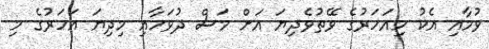
ވުމާއި އެކު މިއަހަރުގެ ވޭތުވެދިޔަ އަށް މަސް ދުވަހާއި މިދިޔަ އަހަރުގެ މި